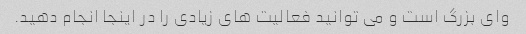
وای بزرگ است و می توانید فعالیت های زیادی را در اینجا انجام دهید.